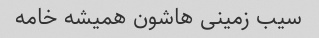
سیب زمینی هاشون همیشه خامه